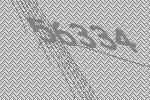
56334